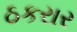
ઠકરાર